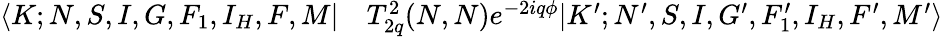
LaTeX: \begin{array}{rl}{\langle K;N,S,I,G,F_{1},I_{H},F,M|}&{{}T_{2q}^{2}(N,N)e^{-2iq\phi}|K^{\prime};N^{\prime},S,I,G^{\prime},F_{1}^{\prime},I_{H},F^{\prime},M^{\prime}\rangle}\end{array}